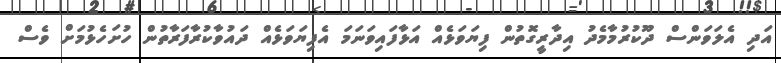
އަދި އެލަވަންސް ދޫކުރުމާމެދު އިދާރީގޮތުން ފިޔަވަޅެއް އަޅާފައިވަނަމަ އެފިޔަވަޅެއް ދައުވާކުރާފަރާތުން ހުށަހެޅުމަށް ވެސް